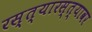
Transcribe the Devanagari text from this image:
रस्त्यारस्त्यावर